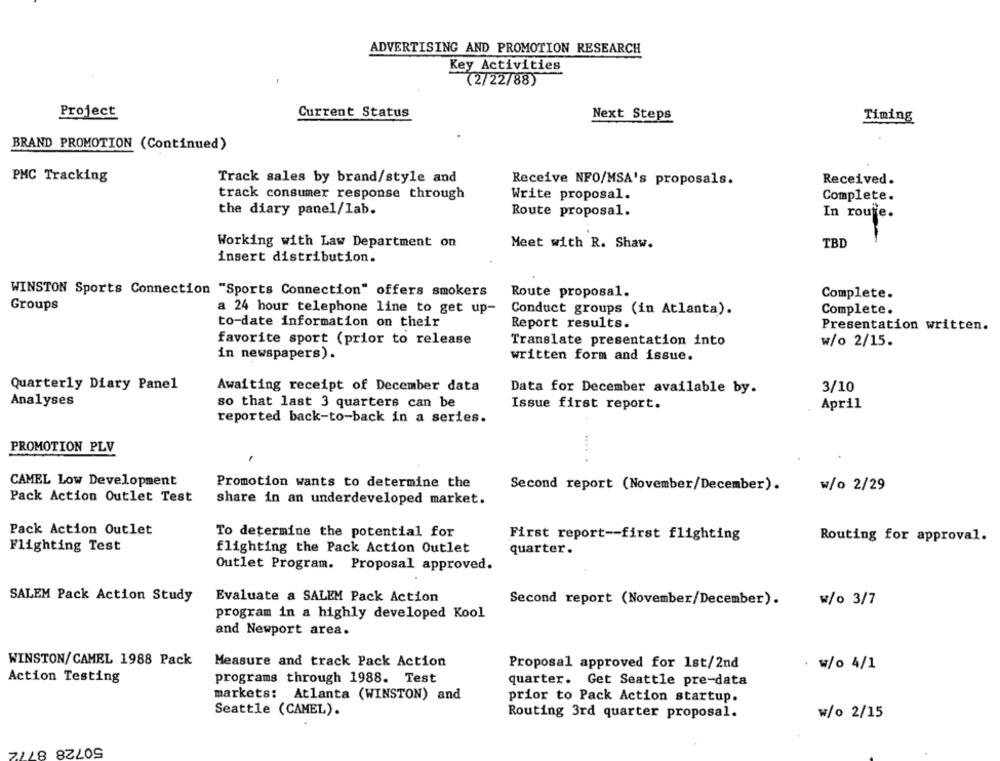
ADVERTISING AND PROMOTION RESEARCH
Key Activities
(2/22/88)
Project
Current Status
Next Steps
Timing
BRAND PROMOTION (Continued)
PMC Tracking
Track sales by brand/style and
Receive NFO/MSA's proposals.
Received.
track consumer response through
Write proposal.
Complete.
the diary panel/lab.
Route proposal.
In route.
Working with Law Department on
TBD
Meet with R. Shaw.
insert distribution.
WINSTON Sports Connection "Sports Connection" offers smokers
Route proposal.
Complete.
Groups
a 24 hour telephone line to get up-
Conduct groups (in Atlanta).
Complete.
to-date information on their
Report results.
Presentation written.
favorite sport (prior to release
Translate presentation into
w/o 2/15.
in newspapers).
written form and issue.
Quarterly Diary Panel
Awaiting receipt of December data
Data for December available by.
3/10
Analyses
so that last 3 quarters can be
Issue first report.
April
reported back-to-back in a series.
PROMOTION PLV
..... .
CAMEL Low Development
Promotion wants to determine the
Second report (November/December).
w/o 2/29
Pack Action Outlet Test
share in an underdeveloped market.
Pack Action Outlet
To determine the potential for
First report -- first flighting
Routing for approval.
Flighting Test
flighting the Pack Action Outlet
quarter.
Outlet Program. Proposal approved.
SALEM Pack Action Study
Evaluate a SALEM Pack Action
Second report (November/December).
w/o 3/7
program in a highly developed Kool
and Newport area.
WINSTON/CAMEL 1988 Pack
Measure and track Pack Action
Proposal approved for 1st/2nd
w/o 4/1
Action Testing
programs through 1988. Test
quarter. Get Seattle pre-data
markets: Atlanta (WINSTON) and
prior to Pack Action startup.
Seattle (CAMEL).
Routing 3rd quarter proposal.
w/o 2/15
50728 8772